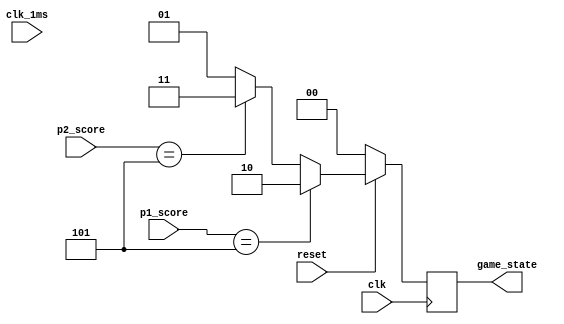
// Initialising the clock
module game_state(
	input clk, clk_1ms, reset,
	input [3:0] p1_score, p2_score,
	output reg [1:0] game_state
	);
	// Maximum score is 5
	reg [3:0] win = 4'b0101; 

	always @ (posedge clk)
	begin
		if (!reset)
			game_state = 0;
		else 
		begin
			if ( p1_score == win)
				game_state = 2'b10;
			else if ( p2_score == win)
				game_state = 2'b11;
			else 
				game_state = 2'b01;
		end
	end

endmodule